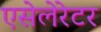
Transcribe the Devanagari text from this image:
एसेलेरेटर